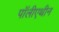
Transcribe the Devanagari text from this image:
पॉलीएथीन